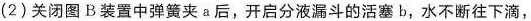
(2)关闭图B装置中弹簧夹a后，开启分液漏斗的活塞b，水不断往下滴，